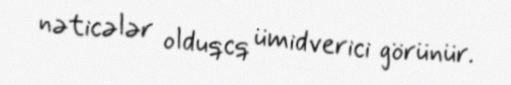
nəticələr olduqcq ümidverici görünür.